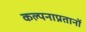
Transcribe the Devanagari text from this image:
कल्पनाप्रतानों